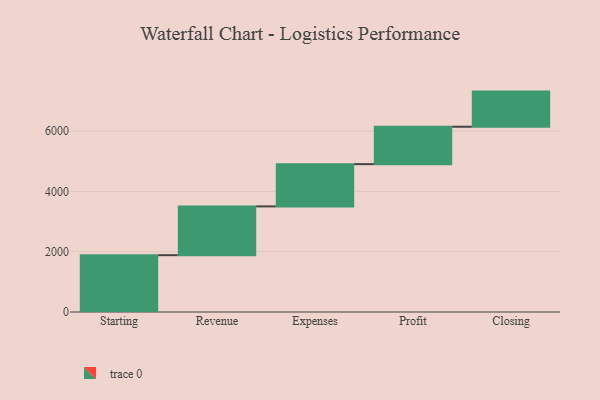
{"axis": {"x": "Step", "y": "Value"}, "legend": [""], "data": [{"x": "Starting", "y": 1885.0, "type": ""}, {"x": "Revenue", "y": 1619.0, "type": ""}, {"x": "Expenses", "y": 1402.0, "type": ""}, {"x": "Profit", "y": 1241.0, "type": ""}, {"x": "Closing", "y": 1166.0, "type": ""}]}